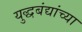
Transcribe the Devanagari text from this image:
युद्धबंद्यांच्या